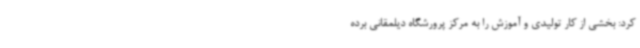
کرد: بخشی از کار تولیدی و آموزش را به مرکز پرورشگاه دیلمقانی برده